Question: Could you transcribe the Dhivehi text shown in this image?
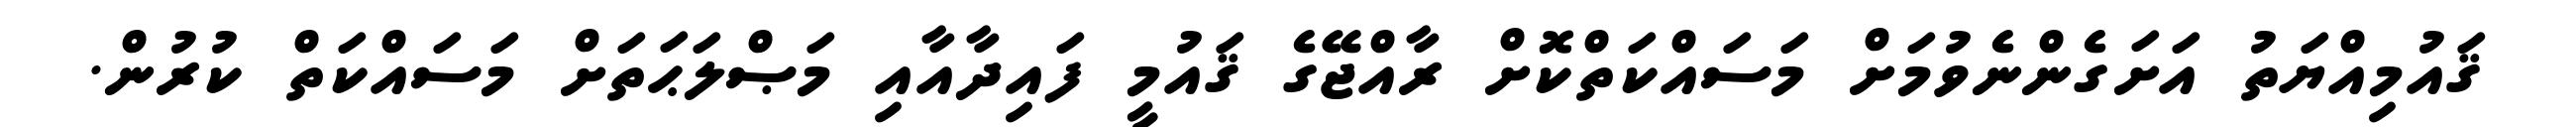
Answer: ޤައުމިއްޔަތު އަށަގެންނެވުމަށް މަސައްކަތްކޮށް ރާއްޖޭގެ ޤައުމީ ފައިދާއާއި މަޞްލަޙަތަށް މަސައްކަތް ކުރުން.